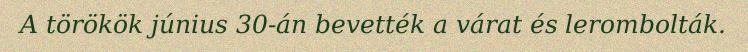
A törökök június 30-án bevették a várat és lerombolták.